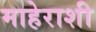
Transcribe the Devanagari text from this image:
माहेराशी